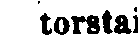
torstai